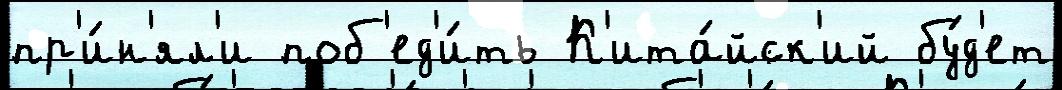
пр'и́н'ял'и поб'ед'и́ть К'ита́йск'ий бу́д'ет